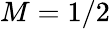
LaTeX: M=1/2